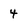
Character: 4